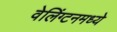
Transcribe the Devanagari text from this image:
वेलिंग्टनमध्ये